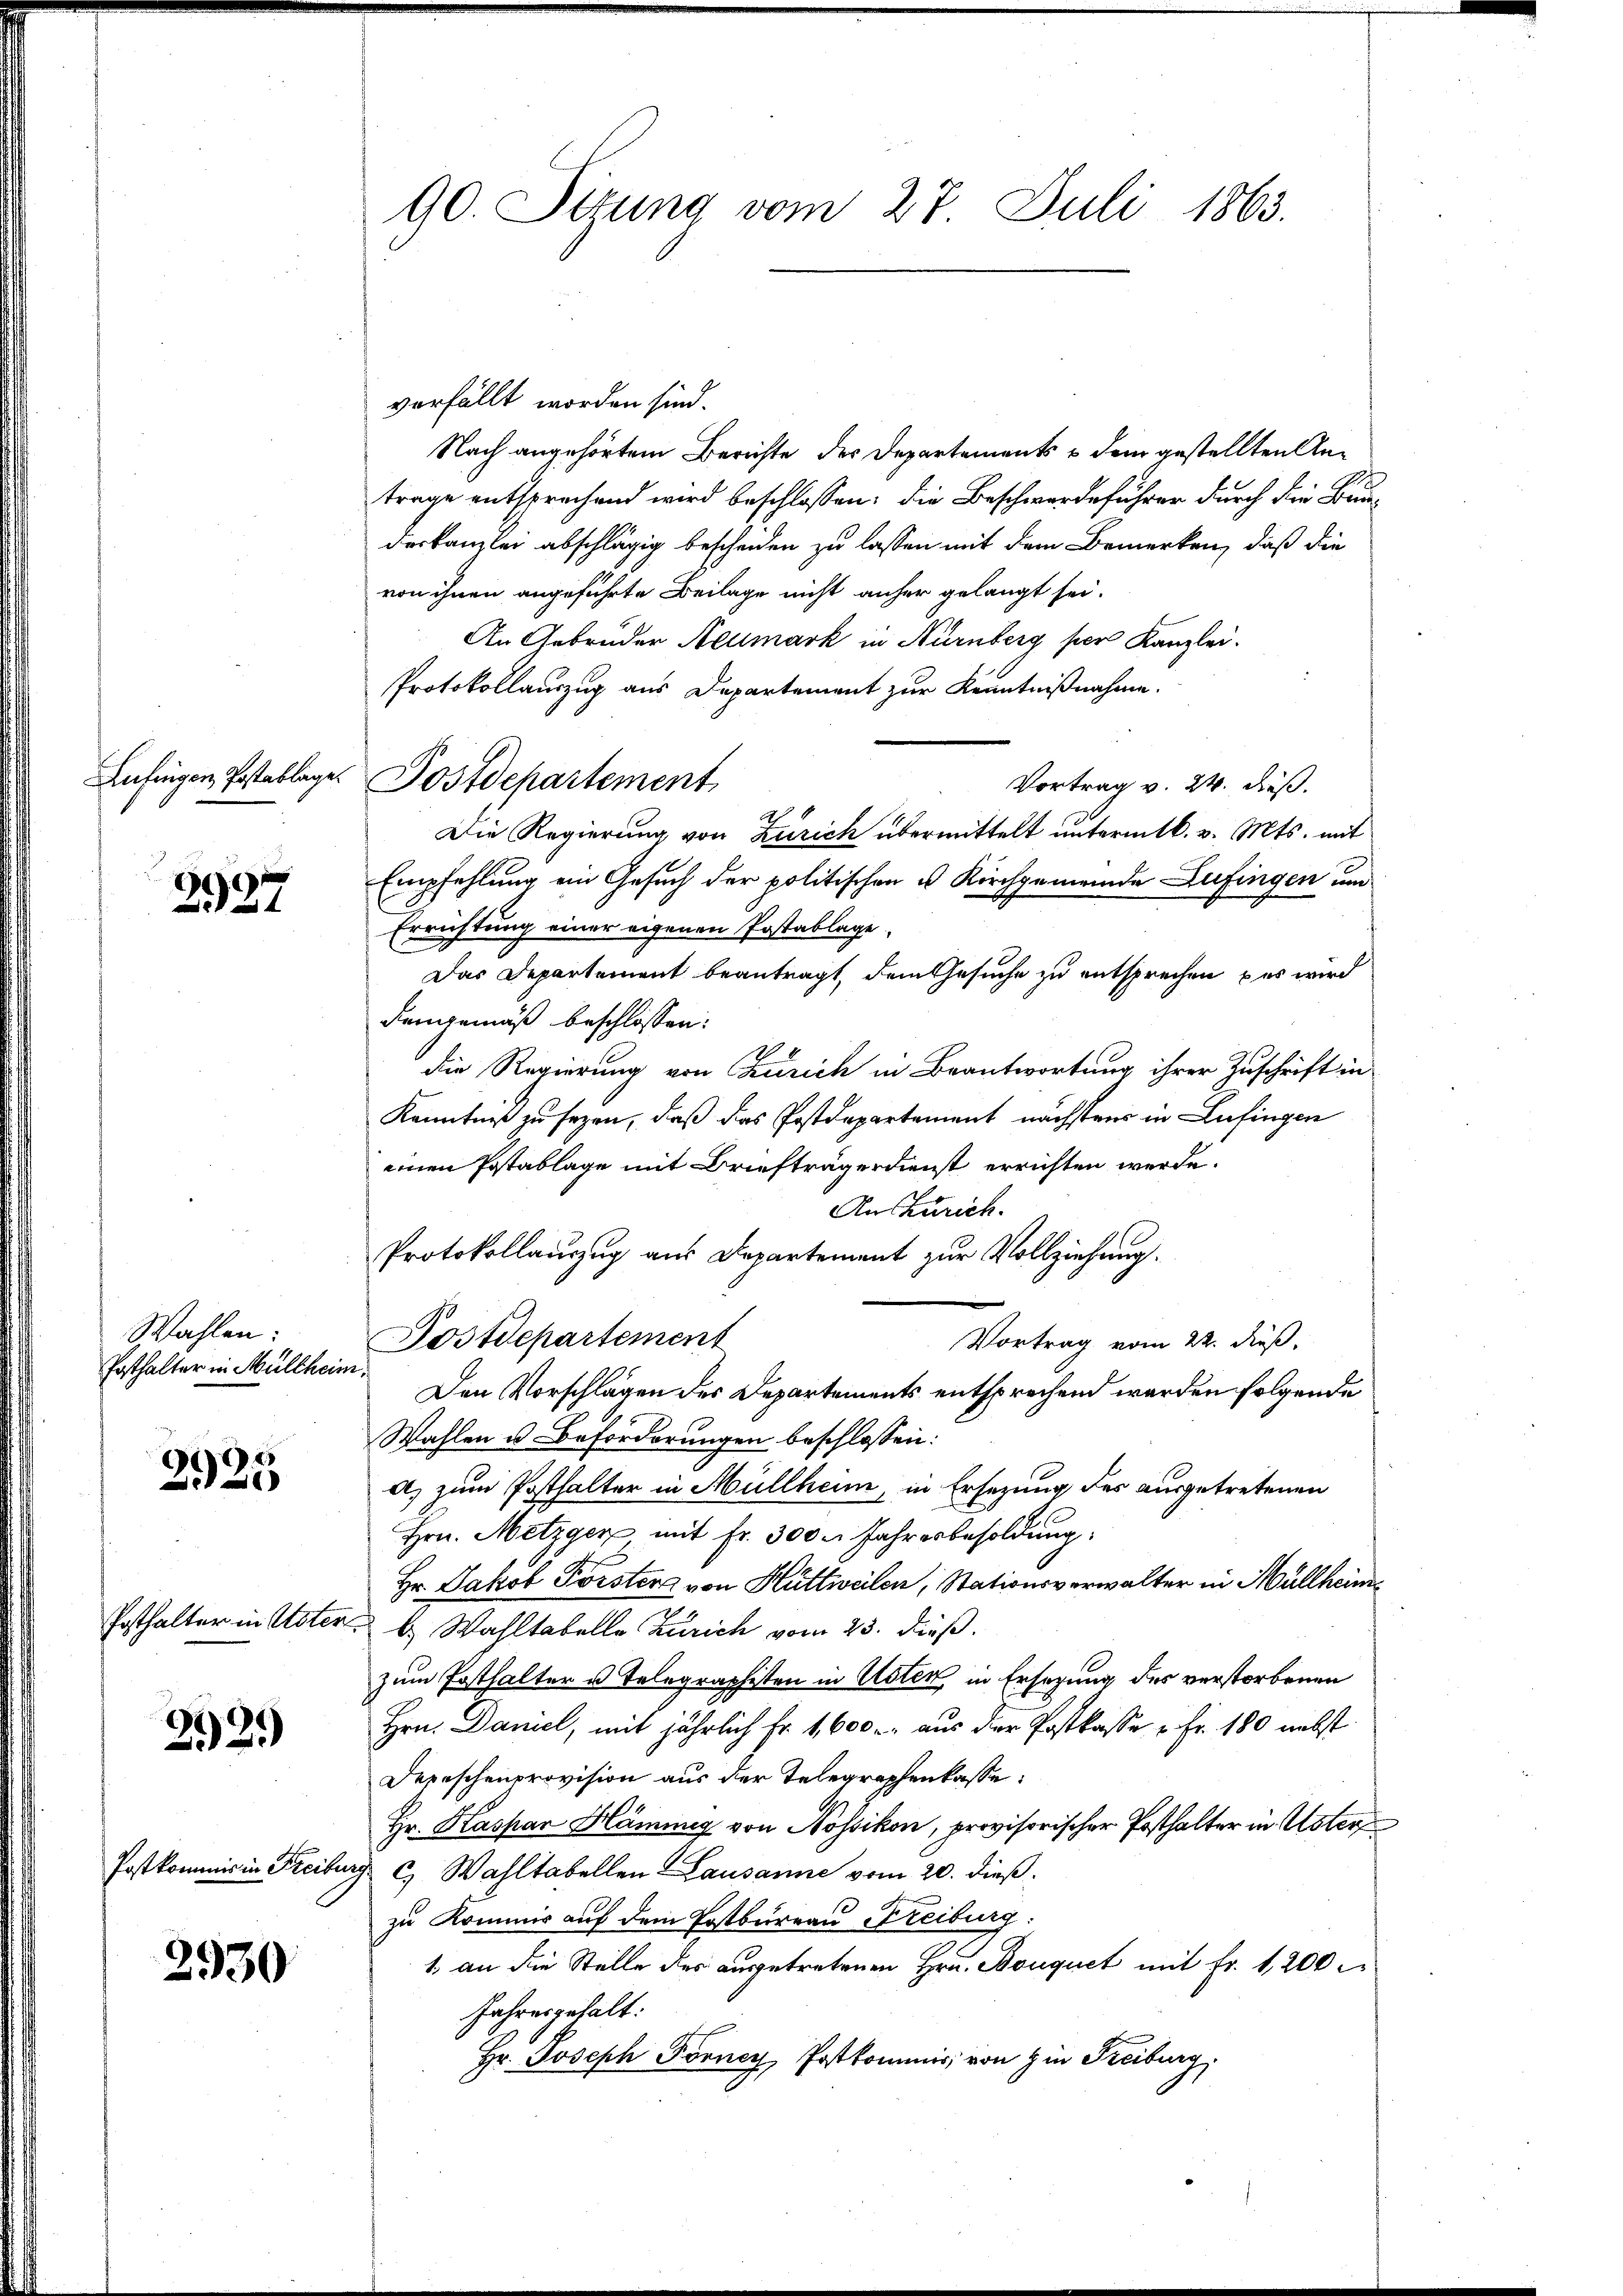
Lufingen, Postablage.

2927

Wahlen:
Posthalter in Müllheim.

2925

Posthalter in Uster

2921)

Post kommis in Freibur

2930

90. Situng vom 27. Juli 1863.

verfällt worden sind.
Nach angehörtem Berichte des Departements u dem gestellten Antrage entsprechend wird beschlossen; die Beschwerdeführer durch die Bunderkanzlei abschlägig bescheiden zu lassen mit dem Bemerken, daß die
von ihnen angeführte Beilage nicht anher gelangt sei.
An Gebrüder Neumark in Nürnberg per Kanzlei.
Protokollauszug aus Departement zur Kenntnißnahme.
Vortrag v. 24. dieß.
Die Regierung von Zürich übermittelt unterm 16. v. Mts. mit
Empfehlung ein Gesuch der politischen u Kirchgemeinde Lufingen un
Errichtung einer eigenen Postablage
Das Departement beantragt, dem Gesuche zu entsprechen, das wird
demgemäß beschlossen:
die Regierung von Zürich in Beantwortung ihrer Zuschrift in
Kenntniß zu sezen, daß das Postdepartement nächstens in Lufingen
einen Postablage mit Briefträgerdienst errichten werde.
Auszurich.
Protokollauszug aus Departement zur Vollziehung.
Postdepartement
Vortrag vom 22. dieß,
Den Vorschlägen des Departements entsprechend werden folgende
Wahlen u. Beforderungen beschlossen:
a) zum Posthalter in Müllheim, in Ersezung des ausgetretenen
Hrn. Metzger mit Fr. 300. Jahresbesoldung:
Hr. Jakob Forster von Hüttweilen, Stationsverwalter in Müllheimb. Wahltabelle Zürich vom 25. dieß.
zum Posthalter u. Telegraphisten in Uster, in Ersetzung des verstorbenen
Hrn. Damel, mit jährlich Fr. 1,600 r. aus der Postkasse u Fr. 180 nebst
Depeschenprovision aus der Telegraphenkasse:
Hr. Kaspar Hämmig von Nossikon, provisorischer Posthalter in Uster
d. C. Wahltabellen Lausanne vom 20. dieß.
zu Kommir auf dem Postbureau Freiburg:
1. an die Stelle des ausgetretenen Hrn. Bouquet mit Fr. 1200
Jahren gehalt:
Hr. Joseph Forncy, Postkommis, von zu Freiburg,

Postdepartement